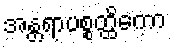
အန္တရာပစ္စတ္ထိကော